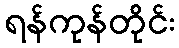
ရန်ကုန်တိုင်း